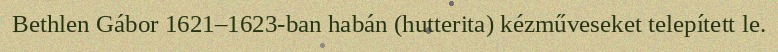
Bethlen Gábor 1621–1623-ban habán (hutterita) kézműveseket telepített le.